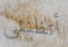
أتظنني